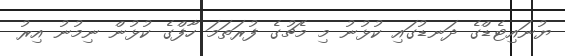
ޔުނައިޓެޑްގެ ދަނޑުގައި ކުޅުނު މި މެޗުގެ ފުރަތަމަ ހާފްގެ ކުޅުން ނިމުނު އިރު